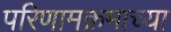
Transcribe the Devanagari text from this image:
परिणामक्रमाच्या